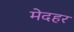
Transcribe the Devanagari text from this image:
मेदहर